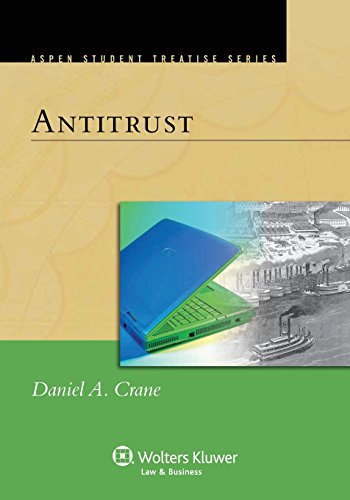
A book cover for Antitrust (Aspen Treatise); Daniel A. Crane; Law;